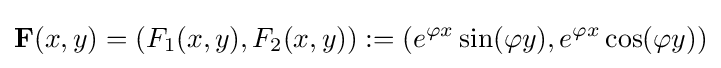
\mathbf {F} (x,y)=(F_{1}(x,y),F_{2}(x,y)):=(e^{\varphi x}\sin(\varphi y),e^{\varphi x}\cos(\varphi y))